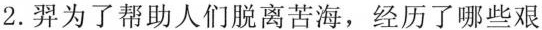
2.羿为了帮助人们脱离苦海，经历了哪些艰